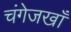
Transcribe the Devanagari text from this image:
चंगेजखाँ